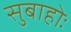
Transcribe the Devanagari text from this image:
सुबाहोः